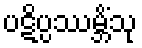
ပဋိပ္ပဿမ္ဘိံသု